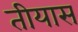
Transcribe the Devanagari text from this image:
तीयास